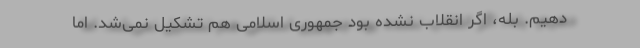
دهیم. بله، اگر انقلاب نشده بود جمهوری اسلامی هم تشکیل نمی‌شد. اما